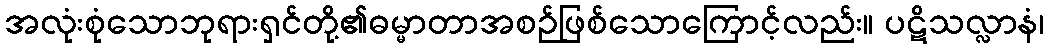
အလုံးစုံသောဘုရားရှင်တို့၏ဓမ္မာတာအစဉ်ဖြစ်သောကြောင့်လည်း။ ပဋိသလ္လာနံ၊